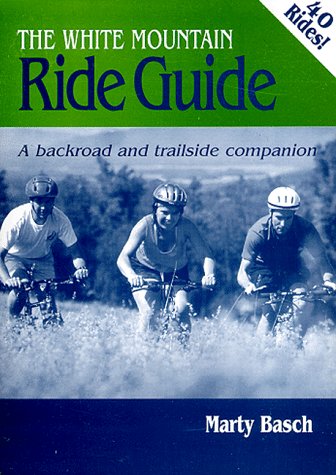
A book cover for The White Mountain Ride Guide; Marty Basch; Travel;